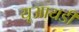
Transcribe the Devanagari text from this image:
यूआयडी